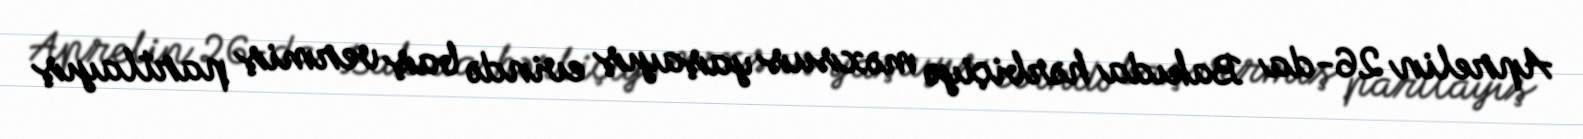
Aprelin 26-da Bakıda hərbiçiyə məxsus yaşayış evində baş vermiş partlayış